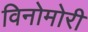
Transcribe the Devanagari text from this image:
विनोमोरी